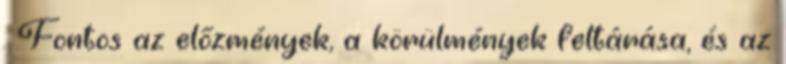
. Fontos az előzmények, a körülmények feltárása, és az